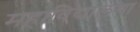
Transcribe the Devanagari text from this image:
महाविद्यालया